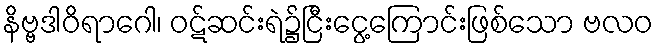
နိဗ္ဗဒါဝိရာဂေါ၊ ဝဋ်ဆင်းရဲ၌ငြီးငွေ့ကြောင်းဖြစ်သော ဗလဝ